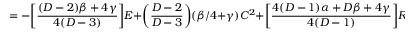
= - \bigg [ \frac { ( D - 2 ) \beta + 4 \gamma } { 4 ( D - 3 ) } \bigg ] E + \bigg ( \frac { D - 2 } { D - 3 } \bigg ) ( \beta / 4 + \gamma ) C ^ { 2 } + \bigg [ \frac { 4 ( D - 1 ) \alpha + D \beta + 4 \gamma } { 4 ( D - 1 ) } \bigg ] R ^ { 2 } \,